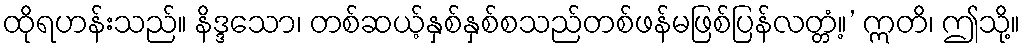
ထိုရဟန်းသည်။ နိဒ္ဒသော၊ တစ်ဆယ့်နှစ်နှစ်စသည်တစ်ဖန်မဖြစ်ပြန်လတ္တံ့။’ ဣတိ၊ ဤသို့။